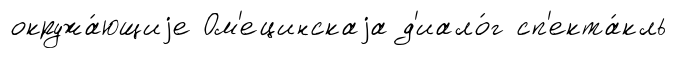
окружа́ющиjе Ом'ецинскаjа д'иало́г сп'екта́кль